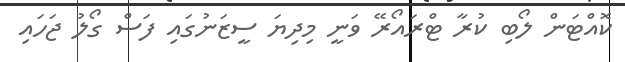
ކޮއްޓަން ލޯބި ކުރާ ޓްރައޯރޭ ވަނީ މިދިޔަ ސީޒަނުގައި ފަސް ގޯލު ޖަހައި